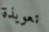
تعويذة